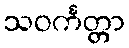
သဝင်္ကတ္တာ